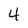
Character: 4